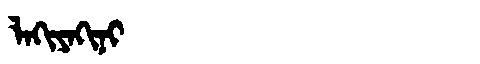
Manchu: ᠯᠠᡴᡳᠶᠠᡴᡳᠨᡳ
Romanization: LAKIYAKINI